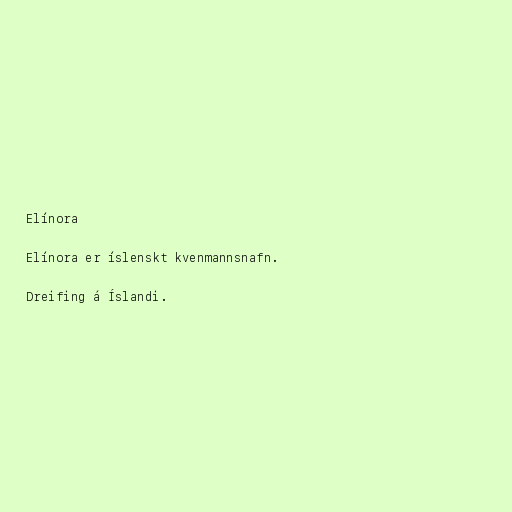
Elínora

Elínora er íslenskt kvenmannsnafn.

Dreifing á Íslandi.